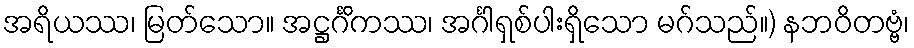
အရိယဿ၊ မြတ်သော။ အဋ္ဌင်္ဂိကဿ၊ အင်္ဂါရှစ်ပါးရှိသော မဂ်သည်။) နဘဝိတဗ္ဗံ၊